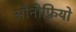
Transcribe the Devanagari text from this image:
ओनोफ़्रियो